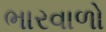
ભારવાળો